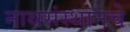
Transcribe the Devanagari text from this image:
नाथसंस्थानचे